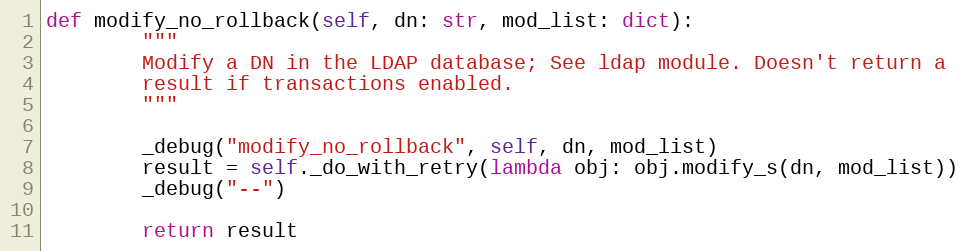
Language: Python
def modify_no_rollback(self, dn: str, mod_list: dict):
        """
        Modify a DN in the LDAP database; See ldap module. Doesn't return a
        result if transactions enabled.
        """

        _debug("modify_no_rollback", self, dn, mod_list)
        result = self._do_with_retry(lambda obj: obj.modify_s(dn, mod_list))
        _debug("--")

        return result